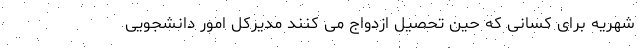
شهریه برای کسانی که حین تحصیل ازدواج می کنند مدیرکل امور دانشجویی